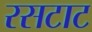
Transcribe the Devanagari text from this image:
रसटाट